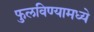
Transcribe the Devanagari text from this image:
फुलविण्यामध्ये